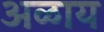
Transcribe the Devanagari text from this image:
अळाय